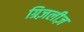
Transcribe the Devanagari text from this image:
ग्रिज़लीज़